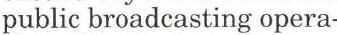
public broadcasting opera-